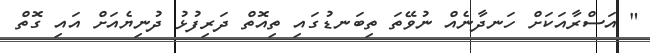
" އަސްރާއަކަށް ހަނދާނެއް ނުވޭތަ ތިބަނޑުގައި ތިއޮތް ދަރިފުޅު ދުނިޔެއަށް އައި ގޮތް